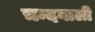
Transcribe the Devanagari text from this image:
चन्दबाली